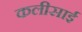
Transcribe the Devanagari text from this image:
कलीसाई